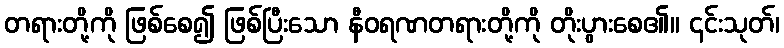
တရားတို့ကို ဖြစ်စေ၍ ဖြစ်ပြီးသော နီဝရဏတရားတို့ကို တိုးပွားစေ၏။ ၎င်းသုတ်၊